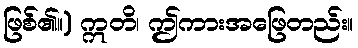
ဖြစ်၏။) ဣတိ၊ ဤကားအဖြေတည်း။